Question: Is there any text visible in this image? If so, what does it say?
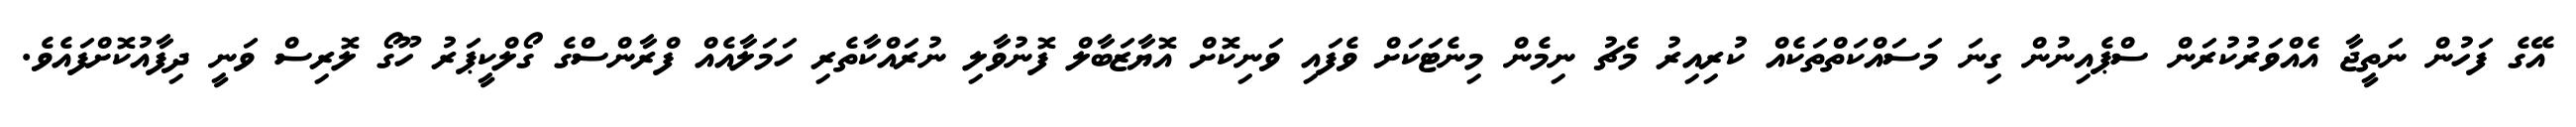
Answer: އޭގެ ފަހުން ނަތީޖާ އެއްވަރުކުރަން ސްޕެއިނުން ގިނަ މަސައްކަތްތަކެއް ކުރިއިރު މެޗު ނިމެން މިނެޓަކަށް ވެފައި ވަނިކޮށް އޮޔާޒަބާލް ފޮނުވާލި ނުރައްކާތެރި ހަމަލާއެއް ފްރާންސްގެ ގޯލްކީޕަރު ހޫގޯ ލޮރިސް ވަނީ ދިފާއުކޮށްފައެވެ.